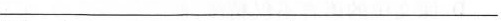
___